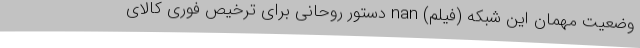
وضعیت مهمان این شبکه (فیلم) nan دستور روحانی برای ترخیص فوری کالای